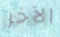
الآخر